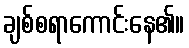
ချစ်စရာကောင်းနေ၏။